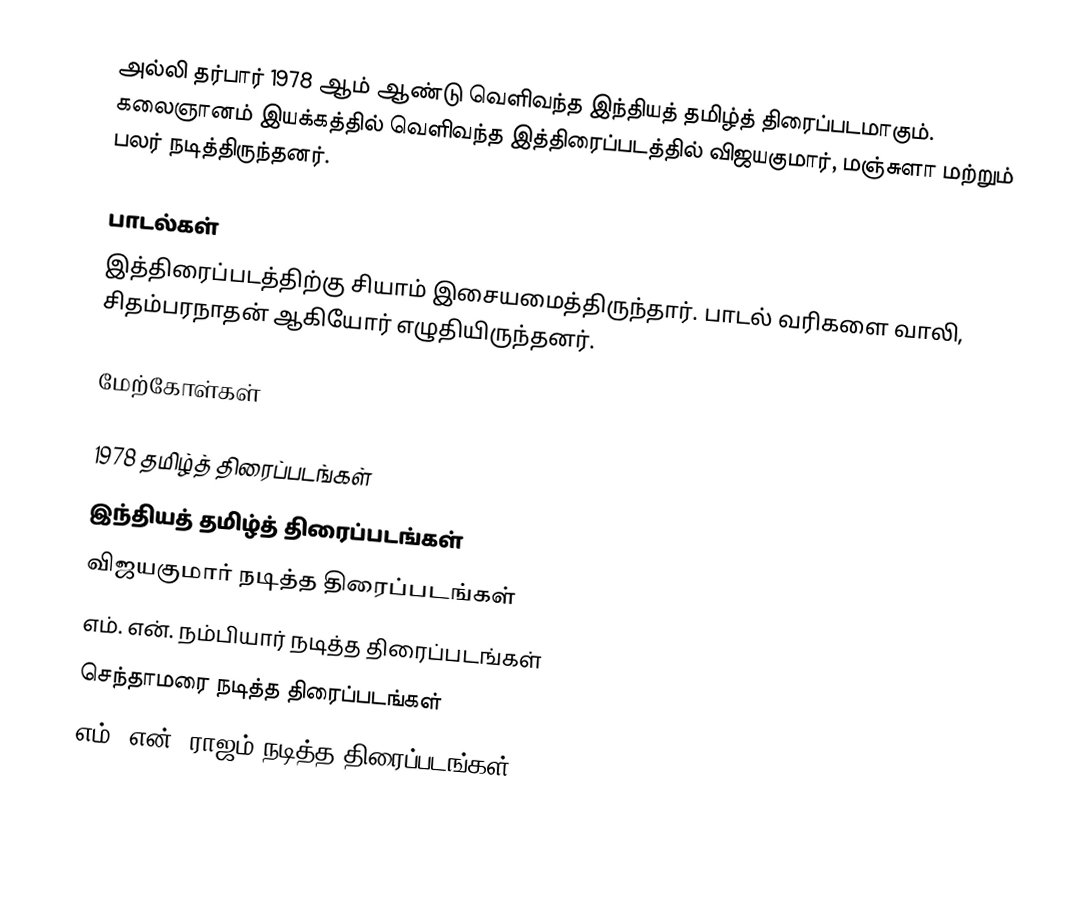
அல்லி தர்பார் 1978 ஆம் ஆண்டு வெளிவந்த இந்தியத் தமிழ்த் திரைப்படமாகும். கலைஞானம் இயக்கத்தில் வெளிவந்த இத்திரைப்படத்தில் விஜயகுமார், மஞ்சுளா மற்றும் பலர் நடித்திருந்தனர்.

பாடல்கள்
இத்திரைப்படத்திற்கு சியாம் இசையமைத்திருந்தார். பாடல் வரிகளை வாலி, சிதம்பரநாதன் ஆகியோர் எழுதியிருந்தனர்.

மேற்கோள்கள்

1978 தமிழ்த் திரைப்படங்கள்
இந்தியத் தமிழ்த் திரைப்படங்கள்
விஜயகுமார் நடித்த திரைப்படங்கள்
எம். என். நம்பியார் நடித்த திரைப்படங்கள்
செந்தாமரை நடித்த திரைப்படங்கள்
எம். என். ராஜம் நடித்த திரைப்படங்கள்